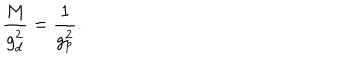
LaTeX: \frac { M } { g _ { d } ^ { 2 } } = \frac { 1 } { g _ { p } ^ { 2 } } .